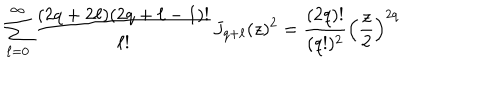
\sum _ { \ell = 0 } ^ { \infty } \frac { ( 2 q + 2 \ell ) ( 2 q + \ell - 1 ) ! } { \ell ! } J _ { q + \ell } ( z ) ^ { 2 } = \frac { ( 2 q ) ! } { ( q ! ) ^ { 2 } } \left( \frac { z } { 2 } \right) ^ { 2 q }